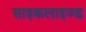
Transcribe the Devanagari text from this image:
साइकलाइज्ड